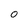
Character: 0